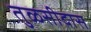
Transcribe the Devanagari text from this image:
तुळसीदास